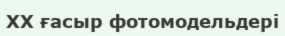
XX ғасыр фотомодельдері